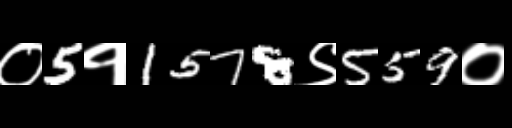
Text: ०5१1578९559०